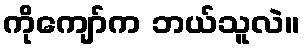
ကိုကျော်က ဘယ်သူလဲ။